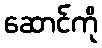
ဆောင်ကို